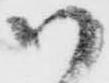
御